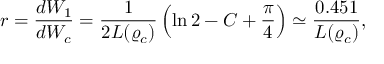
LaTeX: \displaystyle { r = \frac { d W _ { 1 } } { d W _ { c } } = \frac { 1 } { 2 L ( \varrho _ { c } ) } \left( \ln 2 - C + \frac { \pi } { 4 } \right) \simeq \frac { 0 . 4 5 1 } { L ( \varrho _ { c } ) } } ,